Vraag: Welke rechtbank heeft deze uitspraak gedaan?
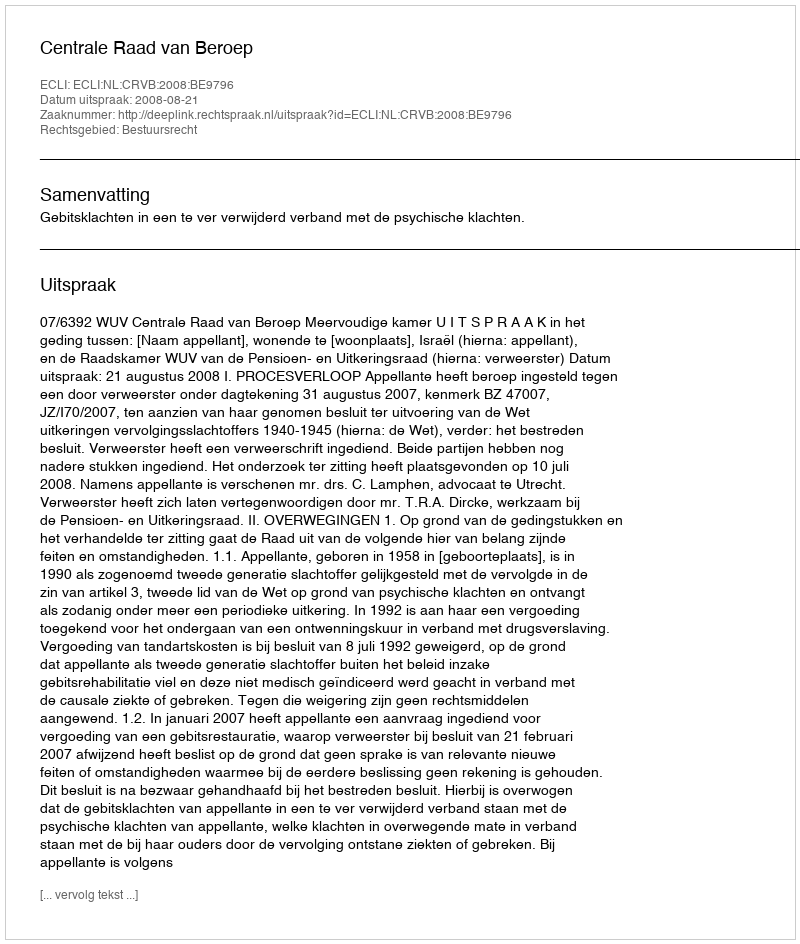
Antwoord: Centrale Raad van Beroep